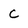
Character: c